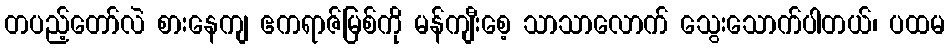
တပည့်တော်လဲ စားနေကျ ဧကရာဇ်မြစ်ကို မန်ကျီးစေ့ သာသာလောက် သွေးသောက်ပါတယ်၊ ပထမ